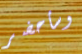
وسأحضر